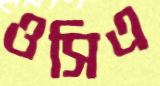
ওসিএ